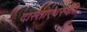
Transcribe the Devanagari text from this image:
दास्तोएवस्की